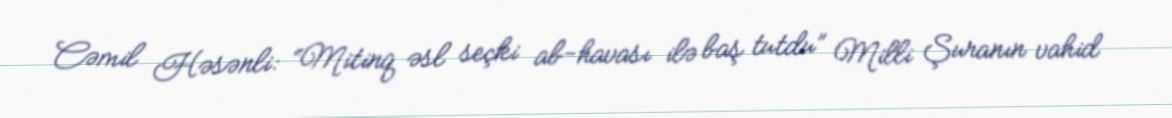
Cəmil Həsənli: “Mitinq əsl seçki ab-havası ilə baş tutdu” Milli Şuranın vahid